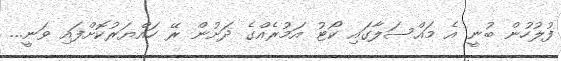
ފުލުހުން ބުނީ އެ މައްސަލާގައި ކޯޓު އަމުރެއްގެ ދަށުން ރޭ ހައްޔަރުކޮށްފައި ވަނީ...